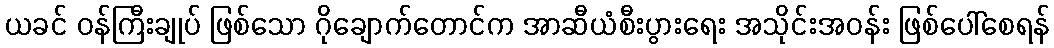
ယခင် ဝန်ကြီးချုပ် ဖြစ်သော ဂိုချောက်တောင်က အာဆီယံစီးပွားရေး အသိုင်းအဝန်း ဖြစ်ပေါ်စေရန်